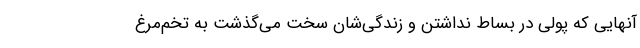
آنهایی که پولی در بساط نداشتن و زندگی‌شان سخت می‌گذشت به تخم‌مرغ